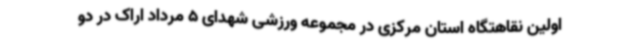
اولین نقاهتگاه استان مرکزی در مجموعه ورزشی شهدای 5 مرداد اراک در دو